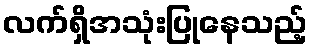
လက်ရှိအသုံးပြုနေသည့်